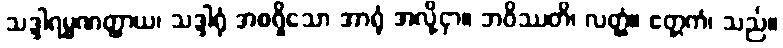
သဒ္ဒါရမ္မဏတ္ထာယ၊ သဒ္ဒါရုံ အစရှိသော အာရုံ အလို့ငှာ။ ဘဝိဿတိ၊ လတ္တံ့။ ဧတ္တကံ၊ သည်။